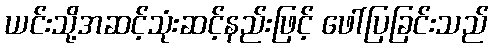
ယင်းသို့အဆင့်သုံးဆင့်နည်းဖြင့် ဖေါ်ပြခြင်းသည်